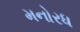
મનોરધ